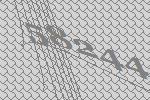
58244